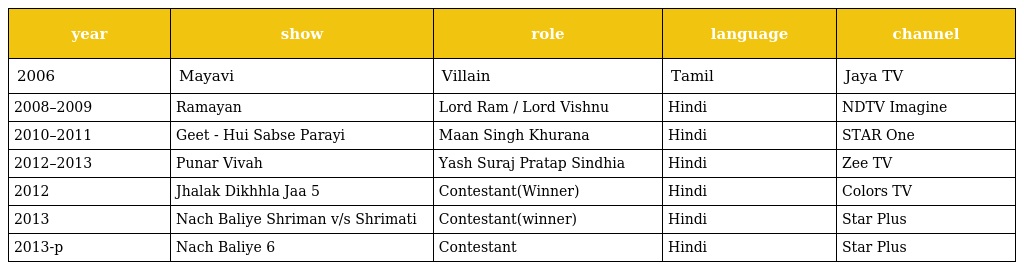
| year | show | role | language | channel |
 | --- | --- | --- | --- | --- |
 | 2006 | Mayavi | Villain | Tamil | Jaya TV |
 | 2008–2009 | Ramayan | Lord Ram / Lord Vishnu | Hindi | NDTV Imagine |
 | 2010–2011 | Geet - Hui Sabse Parayi | Maan Singh Khurana | Hindi | STAR One |
 | 2012–2013 | Punar Vivah | Yash Suraj Pratap Sindhia | Hindi | Zee TV |
 | 2012 | Jhalak Dikhhla Jaa 5 | Contestant(Winner) | Hindi | Colors TV |
 | 2013 | Nach Baliye Shriman v/s Shrimati | Contestant(winner) | Hindi | Star Plus |
 | 2013-p | Nach Baliye 6 | Contestant | Hindi | Star Plus |